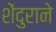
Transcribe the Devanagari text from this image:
शेंदुराने